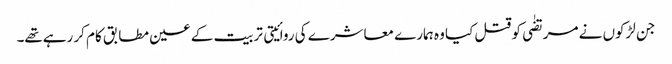
جن لڑکوں نے مرتضٰی کو قتل کیا وہ ہمارے معاشرے کی روائیتی تربیت کے عین مطابق کام کر رہےتھے۔